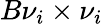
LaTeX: B{\nu}_{i}\times{\nu}_{i}